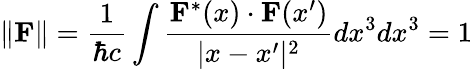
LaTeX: \| \mathbf{F}\| ={\frac{1}{\hbar c}}\int{\frac{\mathbf{F}^{*}(x)\cdot\mathbf{F}(x^{\prime})}{|x-x^{\prime}|^{2}}}dx^{3}dx^{3}=1